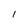
Character: l